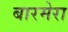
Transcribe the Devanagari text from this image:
बारमेरा